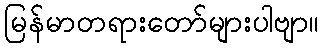
မြန်မာတရားတော်များပါဗျာ။